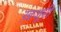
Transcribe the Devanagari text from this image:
ख़जूरी